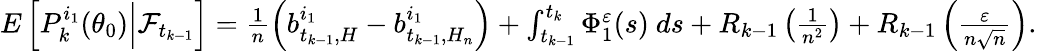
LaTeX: \begin{array}{r}{E\left[P_{k}^{i_{1}}(\theta_{0})\Big|\mathcal{F}_{t_{k-1}}\right]=\frac{1}{n}\left(b_{t_{k-1},H}^{i_{1}}-b_{t_{k-1},H_{n}}^{i_{1}}\right)+\int_{t_{k-1}}^{t_{k}}\Phi_{1}^{\varepsilon}(s)~ds+R_{k-1}\left(\frac{1}{n^{2}}\right)+R_{k-1}\left(\frac{\varepsilon}{n\sqrt{n}}\right).}\end{array}